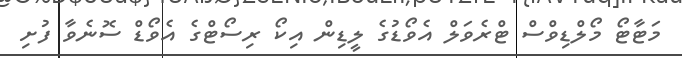
މަޓާޓޯ މޯލްޑިވްސް ޓްރެވަލް އެވޯޑުގެ ލީޑިން އިކޯ ރިސޯޓްގެ އެވޯޑް ސޮނެވާ ފުށި